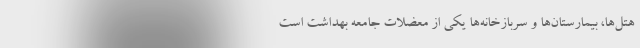
هتل‌ها، بیمارستان‌ها و سربازخانه‌ها یكی از معضلات جامعه بهداشت است